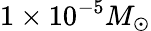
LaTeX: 1\times 10^{-5}M_{\odot}